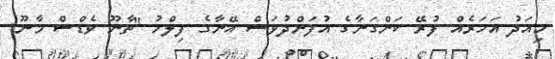
މިއަދު އަހަރެއް ފުރޭ ކަންގަނާގެ އުފަންދުވަސް އޭނާގެ ފިލްމު ''ތާނޫ ވެޑްސް މާނޫ